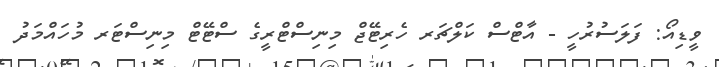
ވީޑިއޯ: ފަލަސުރުހީ - އާޓްސް ކަލްޗަރ ހެރިޓޭޖް މިނިސްޓްރީގެ ސްޓޭޓް މިނިސްޓަރ މުހައްމަދު